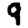
Digit: 9